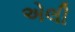
એલી